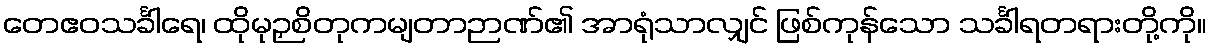
တေဧဝသင်္ခါရေ၊ ထိုမုဉှစိတုကမျတာဉာဏ်၏ အာရုံသာလျှင် ဖြစ်ကုန်သော သင်္ခါရတရားတို့ကို။